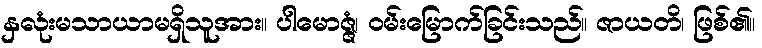
နှလုံးမသာယာမရှိသူအား။ ပါမောဇ္ဇံ၊ ဝမ်းမြောက်ခြင်းသည်။ ဇာယတိ၊ ဖြစ်၏။